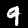
Label: 9